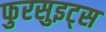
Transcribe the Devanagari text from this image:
फुरसुइट्स